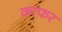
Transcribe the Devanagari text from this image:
काफर